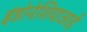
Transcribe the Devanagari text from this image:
इंडोनेशियाआई